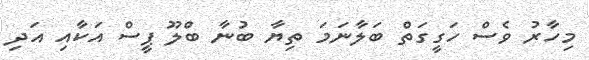
މިހާރު ވެސް ހަގީގަތް ބަލާނަމަ ތިޔާ ބުނާ ބްލޫ ޕީސް އަކާއި އަދި